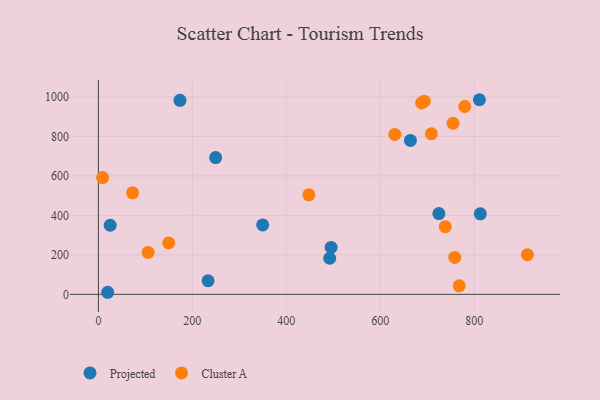
{"axis": {"x": "Investment", "y": "Sales"}, "legend": ["Cluster A", "Projected"], "data": [{"x": "249.6", "y": 693.2, "type": "Projected"}, {"x": "19.8", "y": 10.5, "type": "Projected"}, {"x": "664.2", "y": 779.8, "type": "Projected"}, {"x": "724.8", "y": 409.1, "type": "Projected"}, {"x": "173.6", "y": 982.9, "type": "Projected"}, {"x": "813.0", "y": 408.0, "type": "Projected"}, {"x": "349.7", "y": 351.7, "type": "Projected"}, {"x": "25.1", "y": 350.2, "type": "Projected"}, {"x": "811.1", "y": 986.1, "type": "Projected"}, {"x": "233.5", "y": 68.8, "type": "Projected"}, {"x": "495.4", "y": 237.7, "type": "Projected"}, {"x": "492.4", "y": 182.8, "type": "Projected"}, {"x": "72.7", "y": 514.3, "type": "Cluster A"}, {"x": "105.8", "y": 212.6, "type": "Cluster A"}, {"x": "768.1", "y": 43.0, "type": "Cluster A"}, {"x": "779.9", "y": 951.8, "type": "Cluster A"}, {"x": "738.4", "y": 342.9, "type": "Cluster A"}, {"x": "688.0", "y": 969.9, "type": "Cluster A"}, {"x": "913.2", "y": 201.2, "type": "Cluster A"}, {"x": "758.6", "y": 187.0, "type": "Cluster A"}, {"x": "693.6", "y": 978.5, "type": "Cluster A"}, {"x": "754.9", "y": 866.9, "type": "Cluster A"}, {"x": "448.0", "y": 504.2, "type": "Cluster A"}, {"x": "708.9", "y": 813.8, "type": "Cluster A"}, {"x": "631.0", "y": 810.2, "type": "Cluster A"}, {"x": "149.7", "y": 260.3, "type": "Cluster A"}, {"x": "9.0", "y": 591.5, "type": "Cluster A"}]}